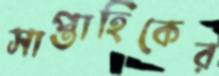
সাপ্তাহিকের